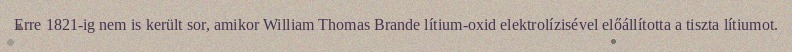
Erre 1821-ig nem is került sor, amikor William Thomas Brande lítium-oxid elektrolízisével előállította a tiszta lítiumot.